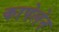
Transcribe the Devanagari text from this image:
कापेलेन